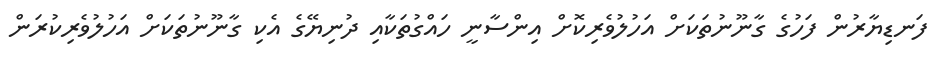
ފަނޑިޔާރުން ފަހުގެ ގާނޫނުތަކަށް އަހުލުވެރިކޮށް އިންސާނީ ހައްގުތަކާއި ދުނިޔޭގެ އެކި ގާނޫނުތަކަށް އަހުލުވެރިކުރަން